Statistics compiled by the Government of India from the reports of provincial Civil Veterinary Departments
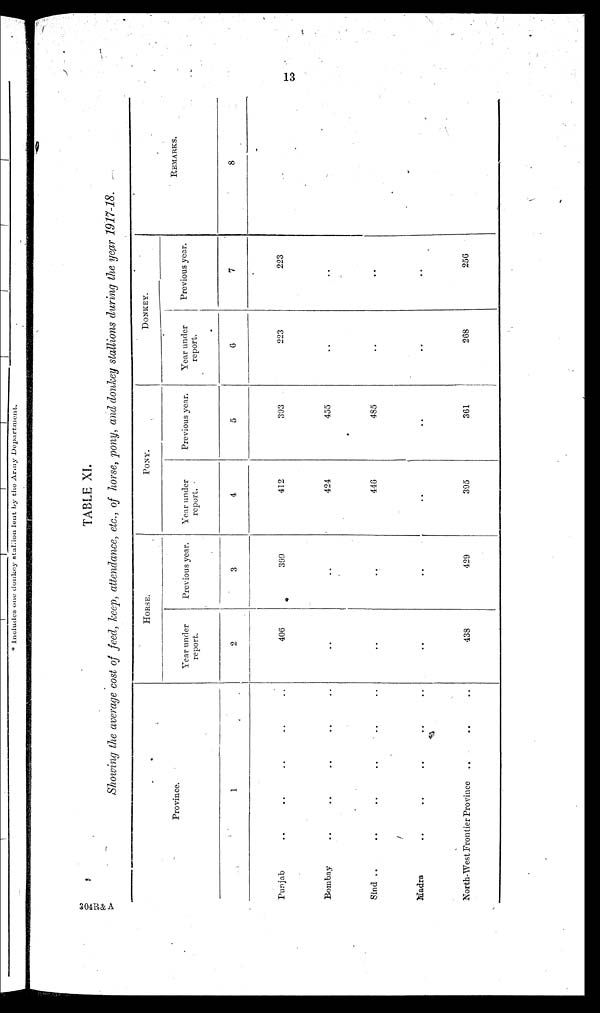
13
TABLE XI.
Showing the average cost of feed, keep, attendance, etc., of horse, pony, and donkey stallions during the year 1917-18.
Province.
1
Punjab .. .. .. .. ..
Bombay .. .. .. .. ..
Sind .. .. .. .. ..
Madra .. .. .. .. ..
North-West Frontier Province .. .. ..
HORSE.
Year under
report.
2
406
..
..
..
438
Previous year.
3
399
..
..
..
429
PONY.
Year under
report.
4
412
424
446
..
395
Previous year.
5
393
455
485
..
361
DONKEY.
Year under
report.
6
223
..
..
..
268
Previous year.
7
223
..
..
..
256
REMARKS.
8
304R&A